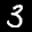
Label: 3